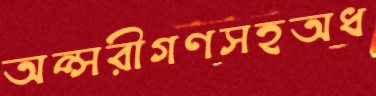
অপ্সরীগণসহঅধ